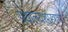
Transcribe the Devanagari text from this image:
ग्रंथालयशास्त्राचा